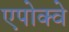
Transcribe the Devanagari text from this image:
एपोक्वे